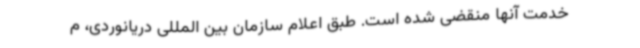
خدمت آنها منقضی شده است. طبق اعلام سازمان بین المللی دریانوردی، م